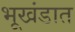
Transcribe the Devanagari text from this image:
भूखंडात